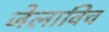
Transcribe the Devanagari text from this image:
जेलाविच